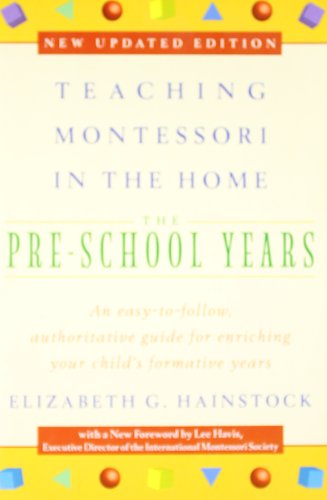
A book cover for Teaching Montessori in the Home: Pre-School Years: The Pre-School Years; Elizabeth G. Hainstock; Education & Teaching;